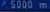
5000m